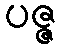
ပဇ္ဇ